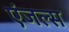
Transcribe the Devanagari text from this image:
एंजल्‍स